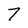
Character: 7